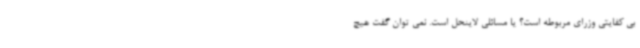
بی کفایتی وزرای مربوطه است؟ یا مسائلی لاینحل است. نمی توان گفت هیچ